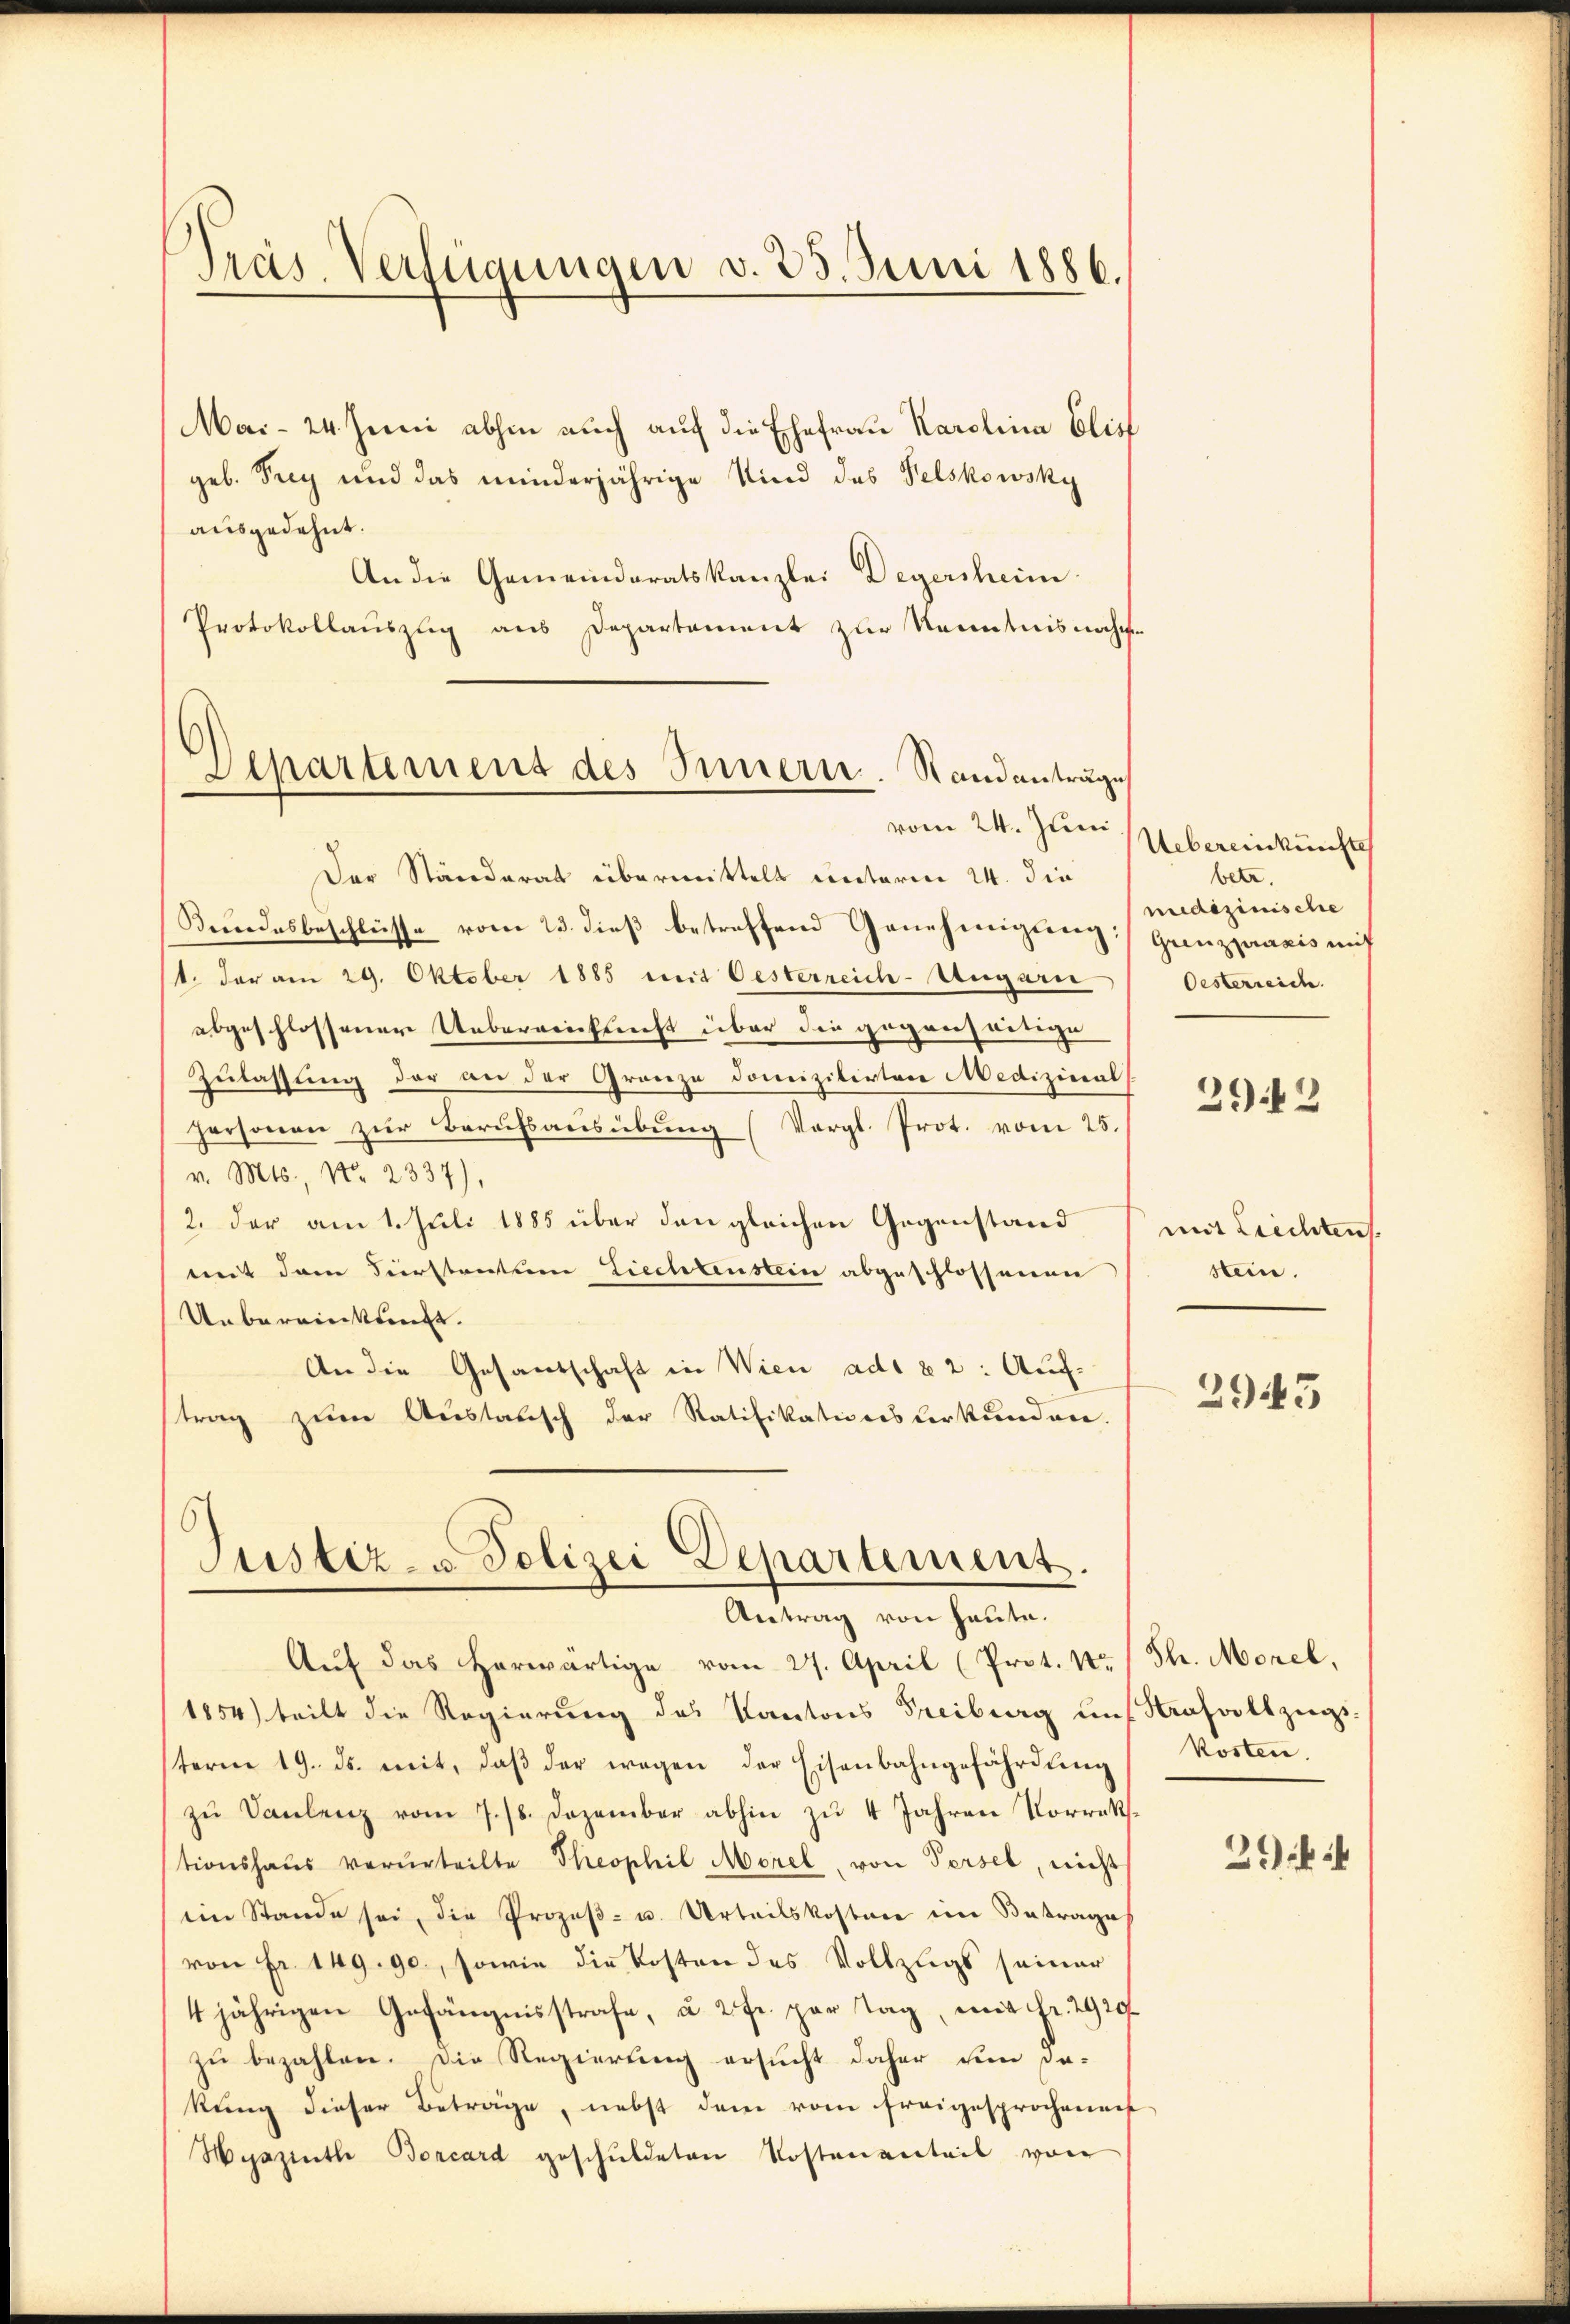
Präs. Verfügungen v. 23. Juni 1886.

Departement des Innern. Standanträge
vom 24. Juni

Mai- 24. Juni abhin auch auf die Ehefrau Karolina blief
geb. Frey und das minderjährige Kind das Felskowsky
ausgedehnt.
An die Gemeindratskanzlei Degersheim
Protokollauszug aus Departament zur Kenntnisnahme
Der Ständerat übermittelt unterm 24. die
Beendesbeschlüsse vom 23. dieß betreffend Genehmigung:
1. der am 29. Oktober 1885 weit Oesterreich-Ungarn
abgeschlossener Uebereitsrecht über die gegenseitige
Zulassung der an der Granze Domizilirter Medizinalpersonen zur Berufsausübung (Vergl. Prot. vom 25.
v. Mts., Nr. 2337),
2. der am 1. Juli 1885 über den gleichen Gegenstand
mit dem Verstantum Liechtenstein abgeschlossenen
Uebereinkunft.
An die Gesandschaft in Wien ad 82: Auf-
trag zum Austausch der Ratifikationsverkunden.

Justiz- u. Polizei Departement.
Antrag von heute.

Aŭf das herwärtige vom 27. April (Prot. N. / Th. Morel,
1854) teilt die Regierung des Kantons Freiburg und Kasallzugs-
term 19. ds. mit, daβ der wegen der Eisenbahngefährdŭng
zŭ Saulenz vom 7./8. Dezember abhin zŭ 4 Jahren Vorrats-
tionshaus verurteilte Theophil Morel, von Persel, nicht
ein Stande sei, die Prozeβ- u. Urteilskostere im Betrage
von Fr. 149. 90, sowie die Kosten des Vollzugs seiner
4jährigen Gefängnisstrafe, u. 2 fr. par Tag, mit Fr. 2920
zŭ bezahlen. Die Regierung ersucht daher um da-
kung dieser Beträge, nebst dem vom freigesprochenen
Hyazinthe Borcard geschuldeten Kostenanteil von

Uebereinkünfte
betr.
medizinische
Grenzpraxis mit
Oesterreich

2942

mit Liechten
stein.

29443

Kosten.

29kif